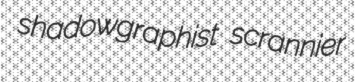
shadowgraphist scrannier